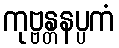
ကုဗ္ဗန္တနပ္ပကံ